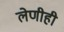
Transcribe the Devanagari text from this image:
लेणीही